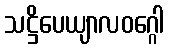
သဋ္ဌိပေယျာလဝဂ္ဂေါ